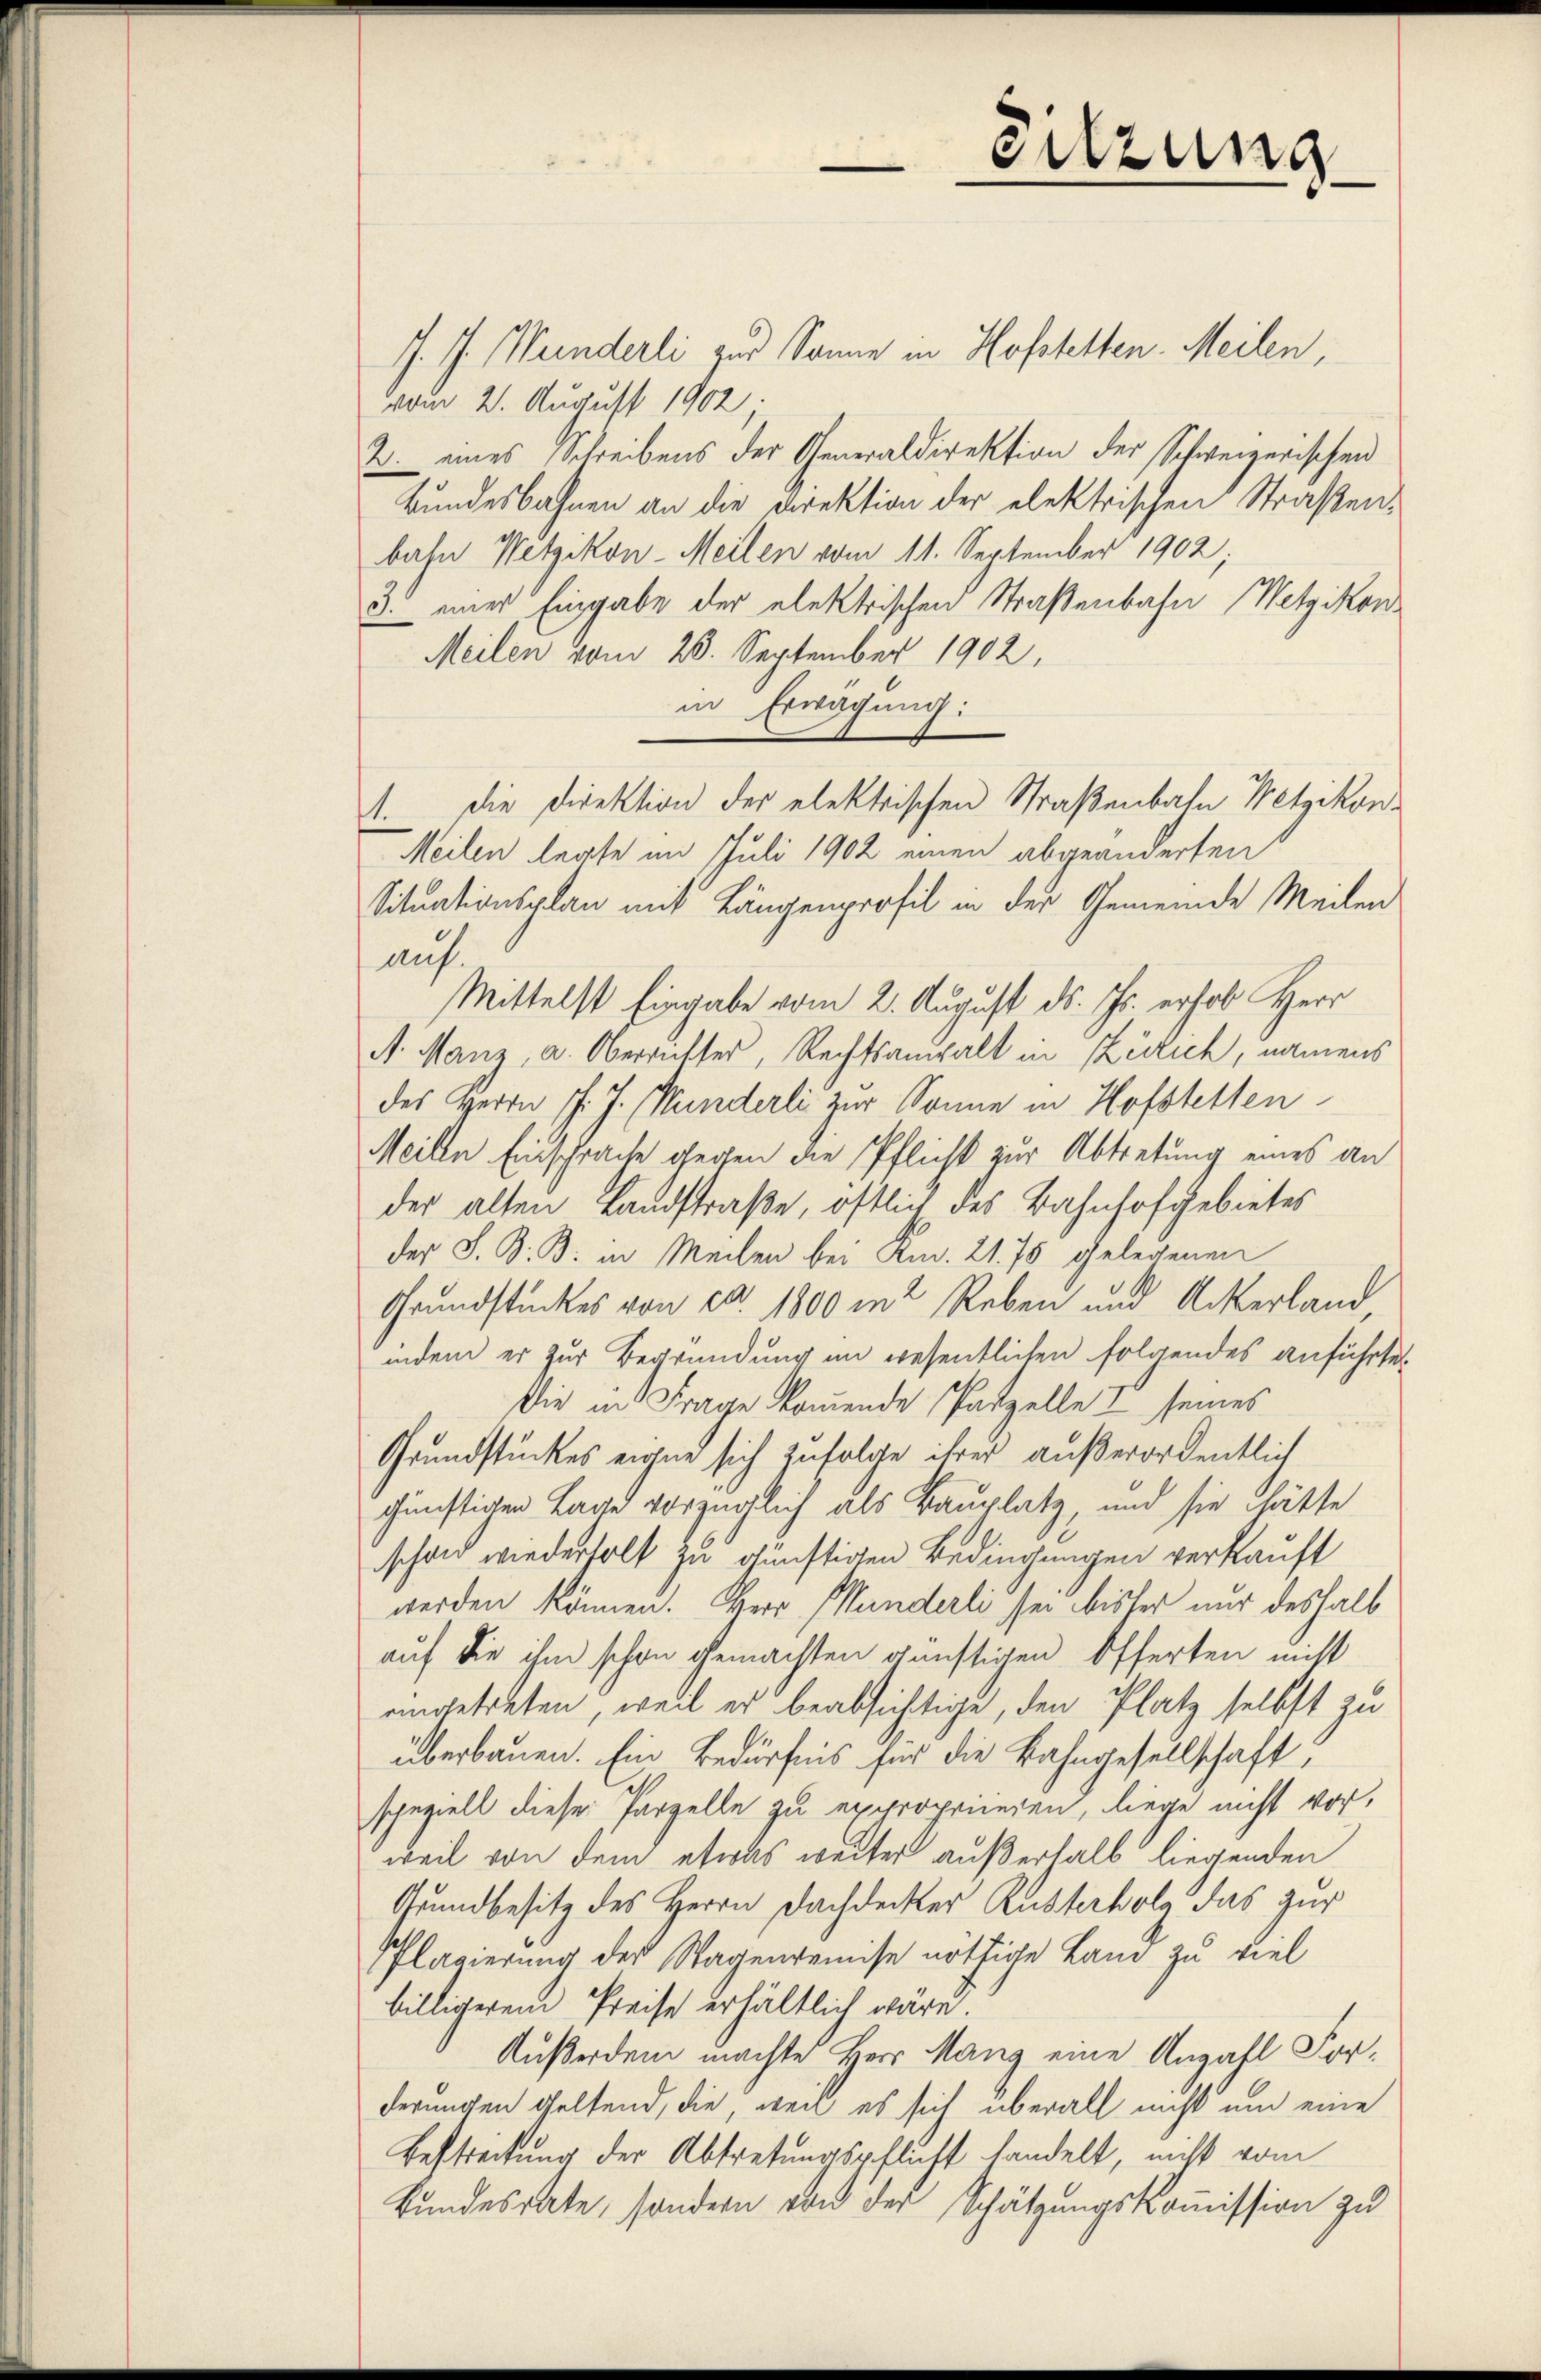
J. J. Wunderli zur Sonne in Hofstetten. Meilen,
vom 2. August 1902
2. eines Schreibens der Generaldirektion der Schweizerischen
Bundesbahnen an die Direktion der elektrischen Straßenbahn Wetzikon-Meilen vom 11. September 1902;
3. einer Eingabe der elektrischen Straßenbahn (Metzikon
Meilen vom 23. September 1902,
in Erwägung:
1. die Direktion der elektrischen Straßenbahn Wetzikon
Meilen legte im Juli 1902 einen abgeänderten
Situationsplan mit Längenprofil in der Gemeinde Meilen
auf.
Mittelst Eingabe vom 2. August ds. Js. erhob Herr
A. Manz, a. Oberrichter, Rechtsanwalt in Zürich, namens
des Herrn P. J. Münderli zur Sonne in Hofstellen
Meilen Einsprache gegen die Pflicht zur Abtretung eines an
der alten Landstraße, oftlich des Bahnhofgebietes
der S. S. B. in Meilen bei Km. 21. 75 gelegenen
Grundstückes von ca. 1800 in Reben und Ackerland,
indem er zur Begründung im wesentlichen folgendes anführte
Die in Frage kommende Parzelle I seines
Grundstückes eigen sich zufolge ihrer außerordentlich
günstigen Lage vorzüglich als Bauplatz, und sie hätte
schon wiederholt zu künftigen Bedingungen verkauft
werden können. Herr Munderli sei bisher nur deshalb
auf die ihm schon gemachten günstigen Offerten nicht
eingetreten, weil er beabsichtige, den Platz selbst zu
überbauen. Ein Bedürfnis für die Bahngesellschaft
speziell diese Parzelle zu expropriieren, liege nicht vor,
weil von dem etwas weiter außerhalb liegenden
Grundbesitz des Herrn Dachdecker Rusterholz das zur
Plagierung der Wagenweise nöthige Land zu viel
billigerem Preise erhältlich wäre.
Außerdem machte Herr Mang eine Anzahl Forderungen geltend, die, weil es sich überall nicht um eine
Bestreckung der Abtretungspflicht handelt, nicht vom
Bundesrate, sondern von der Schätzungskommission zu

eitzung